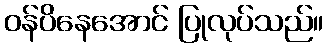
ဝန်ပိနေအောင် ပြုလုပ်သည်။